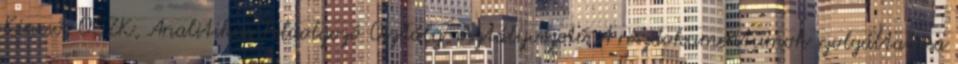
Kincső, OSZK, Analitikus Feldolgozó Osztály, osztályvezető A részdokumentumok szolgáltatása